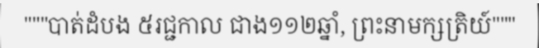
"""បាត់ដំបង ៥រជ្ជកាល ជាង១១២ឆ្នាំ, ព្រះនាមក្សត្រិយ៍"""